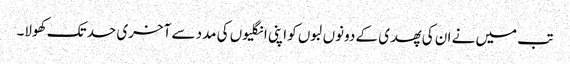
تب میں نے ان کی پھدی کے دونوں لبوں کو اپنی انگلیوں کی مدد سے آخری حد تک کھولا۔